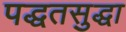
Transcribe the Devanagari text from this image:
पद्धतसुद्धा